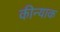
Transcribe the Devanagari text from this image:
कीन्याक